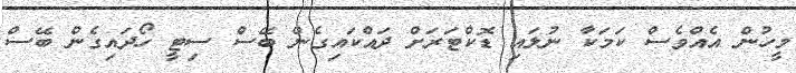
މީހުން އެއްވެސް ކަމަކާ ނުލައި ޑޮކްޓަރަށް ދައްކައިގެން ބޭސް ސިޓީ ހޯދައިގެން ބޭސް